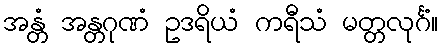
အန္တံ အန္တဂုဏံ ဥဒရိယံ ကရီသံ မတ္တလုင်္ဂံ။